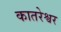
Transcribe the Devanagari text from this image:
कातरेश्वर